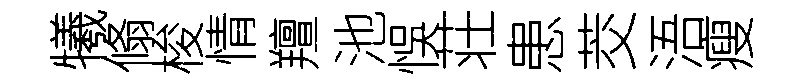
犧翛梭情羶池悞荘患茭浯瘦